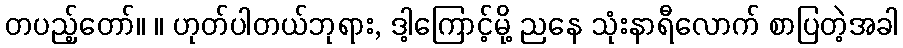
တပည့်တော်။ ။ ဟုတ်ပါတယ်ဘုရား, ဒါ့ကြောင့်မို့ ညနေ သုံးနာရီလောက် စာပြတဲ့အခါ